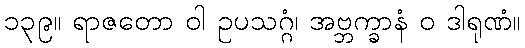
၁၃၉။ ရာဇတော ဝါ ဥပသဂ္ဂံ၊ အဗ္ဘက္ခာနံ ဝ ဒါရုဏံ။